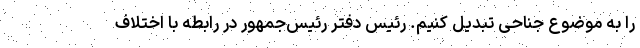
را به موضوع جناحی تبدیل کنیم. رئیس دفتر رئیس‌جمهور در رابطه با اختلاف